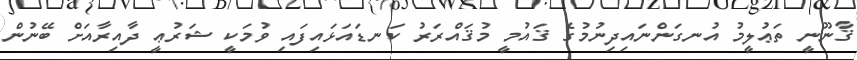
ޤާނޫނީ ތަޢުލީމު އުނގަންނައިދިނުމުގެ ޤައުމީ މުޤައްރަރު ކަނޑައަޅައިފައި ވުމަކީ ޝަރުޢީ ދާއިރާއަށް ބޭނުން